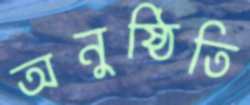
অনুষ্ঠিতি